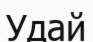
Удай